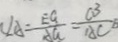
\angle A = \frac { E G } { A G } = \frac { C B } { A C }